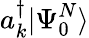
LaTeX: a_{k}^{\dagger}|\Psi_{0}^{N}\rangle